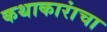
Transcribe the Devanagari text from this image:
कथाकारांचा